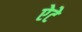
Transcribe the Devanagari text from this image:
ऐटे